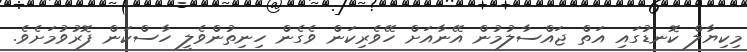
މިކިޔާލް ކޮނޑުގައި އަތް ޖައްސާލުމުން އޭނާއަށް ހޭވެރިކަން ވެގެން ހިނިތުންވެލީ ހާސްކަން ފޮރުވުމަށެވެ.